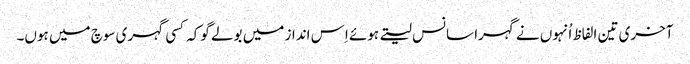
آخری تین الفاظ اُنہوں نے گہرا سانس لیتے ہوئے اِس انداز میں بولے گوکہ کسی گہری سوچ میں ہوں۔